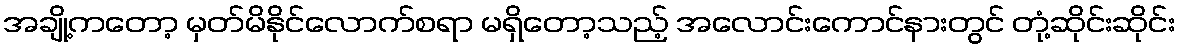
အချို့ကတော့ မှတ်မိနိုင်လောက်စရာ မရှိတော့သည့် အလောင်းကောင်နားတွင် တုံ့ဆိုင်းဆိုင်း